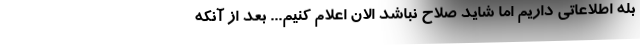
بله اطلاعاتی داریم اما شاید صلاح نباشد الان اعلام کنیم... بعد از آنکه